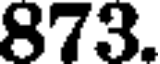
873.